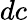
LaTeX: dc